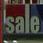
sale